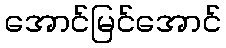
အောင်မြင်အောင်